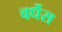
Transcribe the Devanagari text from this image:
वर्धेस